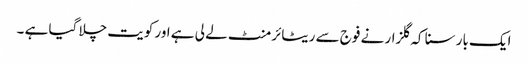
ایک بار سنا کہ گلزار نے فوج سے ریٹائرمنٹ لے لی ہے اور کویت چلا گیا ہے ۔